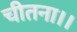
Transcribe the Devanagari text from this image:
चीतना।।